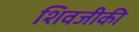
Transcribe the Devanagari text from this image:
शिवजीकी